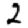
Digit: 2